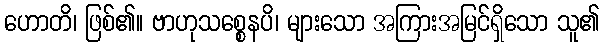
ဟောတိ၊ ဖြစ်၏။ ဗာဟုသစ္စေနပိ၊ များသော အကြားအမြင်ရှိသော သူ၏